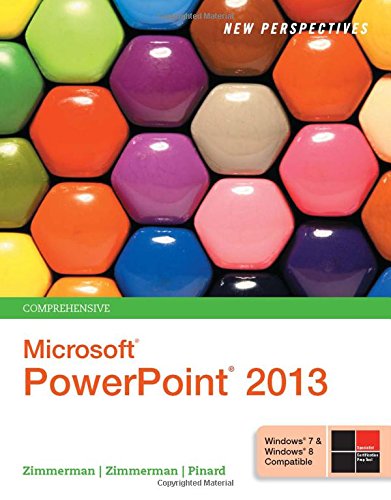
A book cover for New Perspectives on Microsoft PowerPoint 2013, Comprehensive; S. Scott Zimmerman; Computers & Technology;